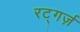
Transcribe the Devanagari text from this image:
रट्गर्ज़